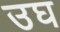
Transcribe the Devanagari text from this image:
उघ